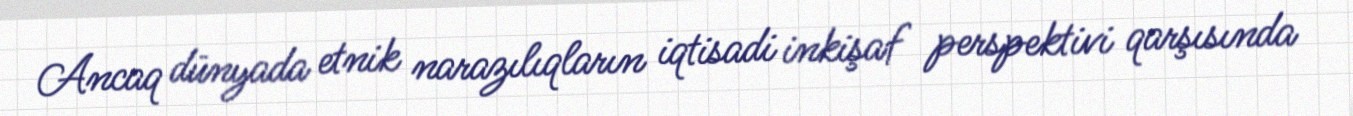
Ancaq dünyada etnik narazılıqların iqtisadi inkişaf perspektivi qarşısında